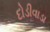
દોડીવાડા